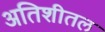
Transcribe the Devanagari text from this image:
अतिशीतल